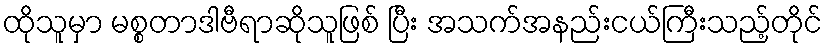
ထိုသူမှာ မစ္စတာဒါဗီရာဆိုသူဖြစ် ပြီး အသက်အနည်းငယ်ကြီးသည့်တိုင်